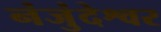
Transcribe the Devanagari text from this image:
नंजुंदेश्वर